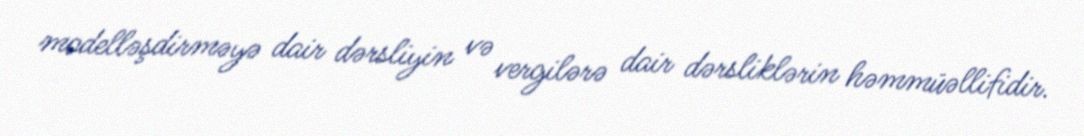
modelləşdirməyə dair dərsliyin və vergilərə dair dərsliklərin həmmüəllifidir.